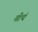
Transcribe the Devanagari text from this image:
तीर्थ